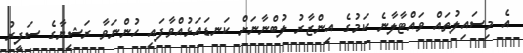
އެ މިސައިލުތައް ވައްޓާލާނެ ކަމުގެ އިންޒާރު ލުބްނާނަށް ކަނޑައަޅުއްވާފައި ހުންނަވާ ރަޝިޔާގެ ސަފީރު